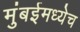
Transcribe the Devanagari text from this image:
मुंबईमध्येच